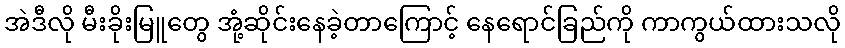
အဲဒီလို မီးခိုးမြူတွေ အုံ့ဆိုင်းနေခဲ့တာကြောင့် နေရောင်ခြည်ကို ကာကွယ်ထားသလို